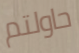
حاولتم